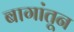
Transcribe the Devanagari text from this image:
बागांतून